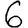
Digit: 6